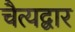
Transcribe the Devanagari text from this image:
चैत्यद्वार